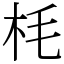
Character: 枆